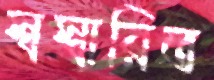
স্বস্বারিত